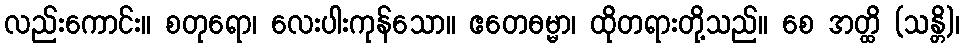
လည်းကောင်း။ စတုရော၊ လေးပါးကုန်သော။ ဧတေဓမ္မာ၊ ထိုတရားတို့သည်။ စေ အတ္ထိ (သန္တိ)၊